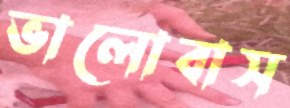
ভালোবাস